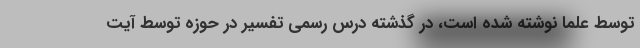
توسط علما نوشته شده است، در گذشته درس رسمی تفسیر در حوزه توسط آیت